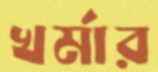
খর্মার